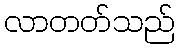
လာတတ်သည်